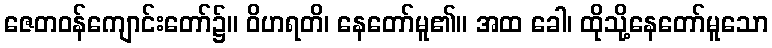
ဇေတဝန်ကျောင်းတော်၌။ ဝိဟရတိ၊ နေတော်မူ၏။ အထ ခေါ၊ ထိုသို့နေတော်မူသော